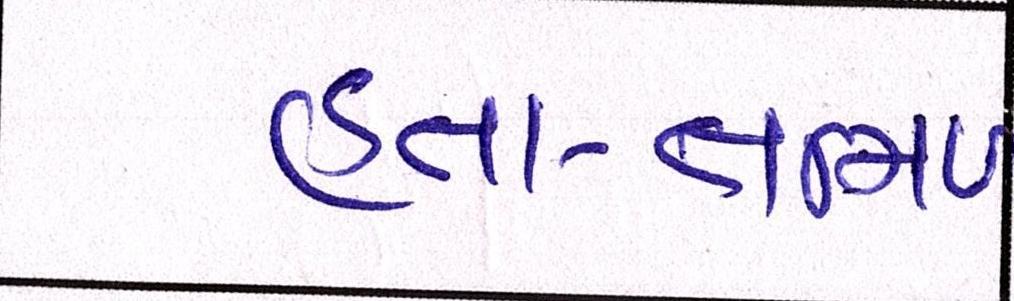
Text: હતા-તમિળ